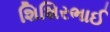
શિશિરભાઈ